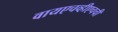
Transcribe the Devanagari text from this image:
वायएचव्हीएचची